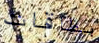
بطاقات